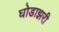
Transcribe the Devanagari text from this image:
घोडाझरी